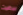
بيرغيت